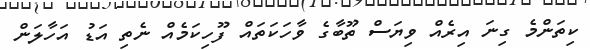
ކިތަންމެ ގިނަ އިރެއް ވިޔަސް ތޫބާގެ ވާހަކަތައް ފޫހިކަމެއް ނެތި އަޑު އަހާލަން